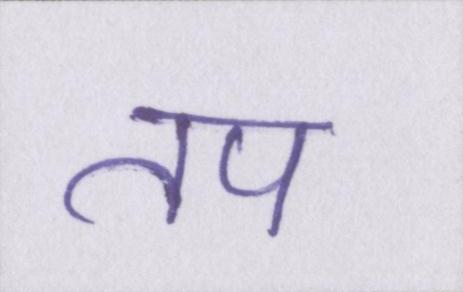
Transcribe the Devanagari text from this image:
तप